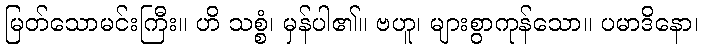
မြတ်သောမင်းကြီး။ ဟိ သစ္စံ၊ မှန်ပါ၏။ ဗဟူ၊ များစွာကုန်သော။ ပမာဒိနော၊